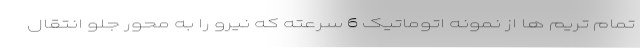
تمام تریم ها از نمونه اتوماتیک 6 سرعته که نیرو را به محور جلو انتقال